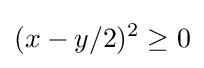
(x-y/2)^{2}\geq 0